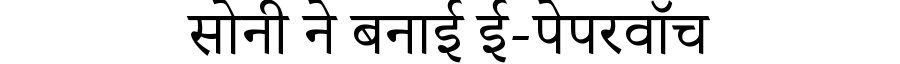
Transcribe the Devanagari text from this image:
सोनी ने बनाई ई-पेपरवॉच